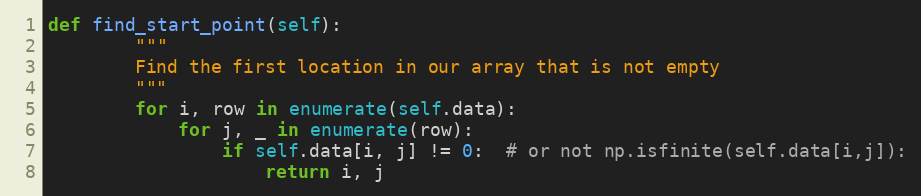
Language: Python
def find_start_point(self):
        """
        Find the first location in our array that is not empty
        """
        for i, row in enumerate(self.data):
            for j, _ in enumerate(row):
                if self.data[i, j] != 0:  # or not np.isfinite(self.data[i,j]):
                    return i, j